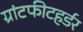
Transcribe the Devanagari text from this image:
ग्रांटफीटहर्डर